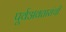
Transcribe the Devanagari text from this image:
पूर्वअवतारांची